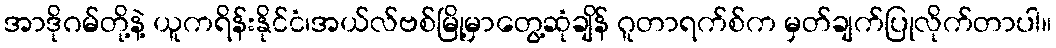
အာဒိုဂမ်တို့နဲ့ ယူကရိန်းနိုင်ငံ၊အယ်လ်ဗစ်မြို့မှာတွေ့ဆုံချိန် ဂူတာရက်စ်က မှတ်ချက်ပြုလိုက်တာပါ။